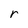
Character: r